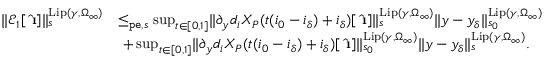
\begin{array} { r l } { \rVert \mathcal { E } _ { 1 } [ \hat { \textbf { \i } } ] \rVert _ { s } ^ { \mathrm { L i p } ( \gamma , \Omega _ { \infty } ) } } & { \le _ { \mathtt { p e } , s } \operatorname* { s u p } _ { t \in [ 0 , 1 ] } \rVert \partial _ { y } d _ { i } X _ { P } ( t ( i _ { 0 } - i _ { \delta } ) + i _ { \delta } ) [ \hat { \textbf { \i } } ] \rVert _ { s } ^ { \mathrm { L i p } ( \gamma , \Omega _ { \infty } ) } \rVert y - y _ { \delta } \rVert _ { s _ { 0 } } ^ { \mathrm { L i p } ( \gamma , \Omega _ { \infty } ) } } \\ & { \ + \operatorname* { s u p } _ { t \in [ 0 , 1 ] } \rVert \partial _ { y } d _ { i } X _ { P } ( t ( i _ { 0 } - i _ { \delta } ) + i _ { \delta } ) [ \hat { \textbf { \i } } ] \rVert _ { s _ { 0 } } ^ { \mathrm { L i p } ( \gamma , \Omega _ { \infty } ) } \rVert y - y _ { \delta } \rVert _ { s } ^ { \mathrm { L i p } ( \gamma , \Omega _ { \infty } ) } . } \end{array}